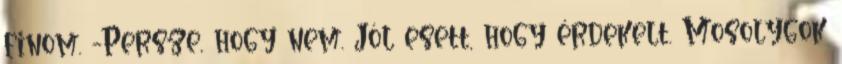
finom. -Persze, hogy nem. Jól esett, hogy érdekelt. Mosolygok